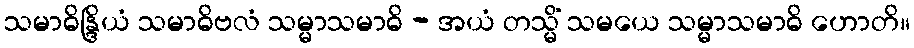
သမာဓိန္ဒြိယံ သမာဓိဗလံ သမ္မာသမာဓိ - အယံ တသ္မိံ သမယေ သမ္မာသမာဓိ ဟောတိ။